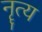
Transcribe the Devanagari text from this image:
नॄत्य